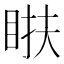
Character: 𥆭